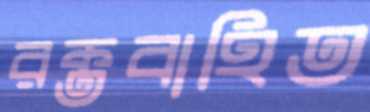
রক্তবাহিত